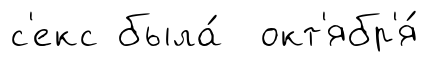
с'екс была́ окт'ябр'я́